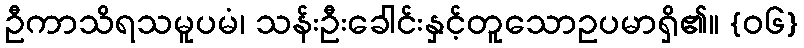
ဦကာသိရသမူပမံ၊ သန်းဦးခေါင်းနှင့်တူသောဥပမာရှိ၏။ {၀၆}